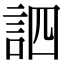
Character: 訵